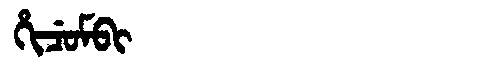
Manchu: ᡥᡳᠴᡠᠮᠪᡳ
Romanization: HICUMBI